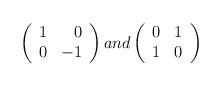
LaTeX: \begin{align*}\left(\begin{array}{lr}1&0\\0&-1\end{array}\right)and\left(\begin{array}{lr}0&1\\1&0\end{array}\right)\end{align*}